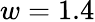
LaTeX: w=1.4